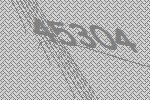
45304